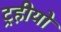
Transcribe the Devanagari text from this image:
ट्रहीयो